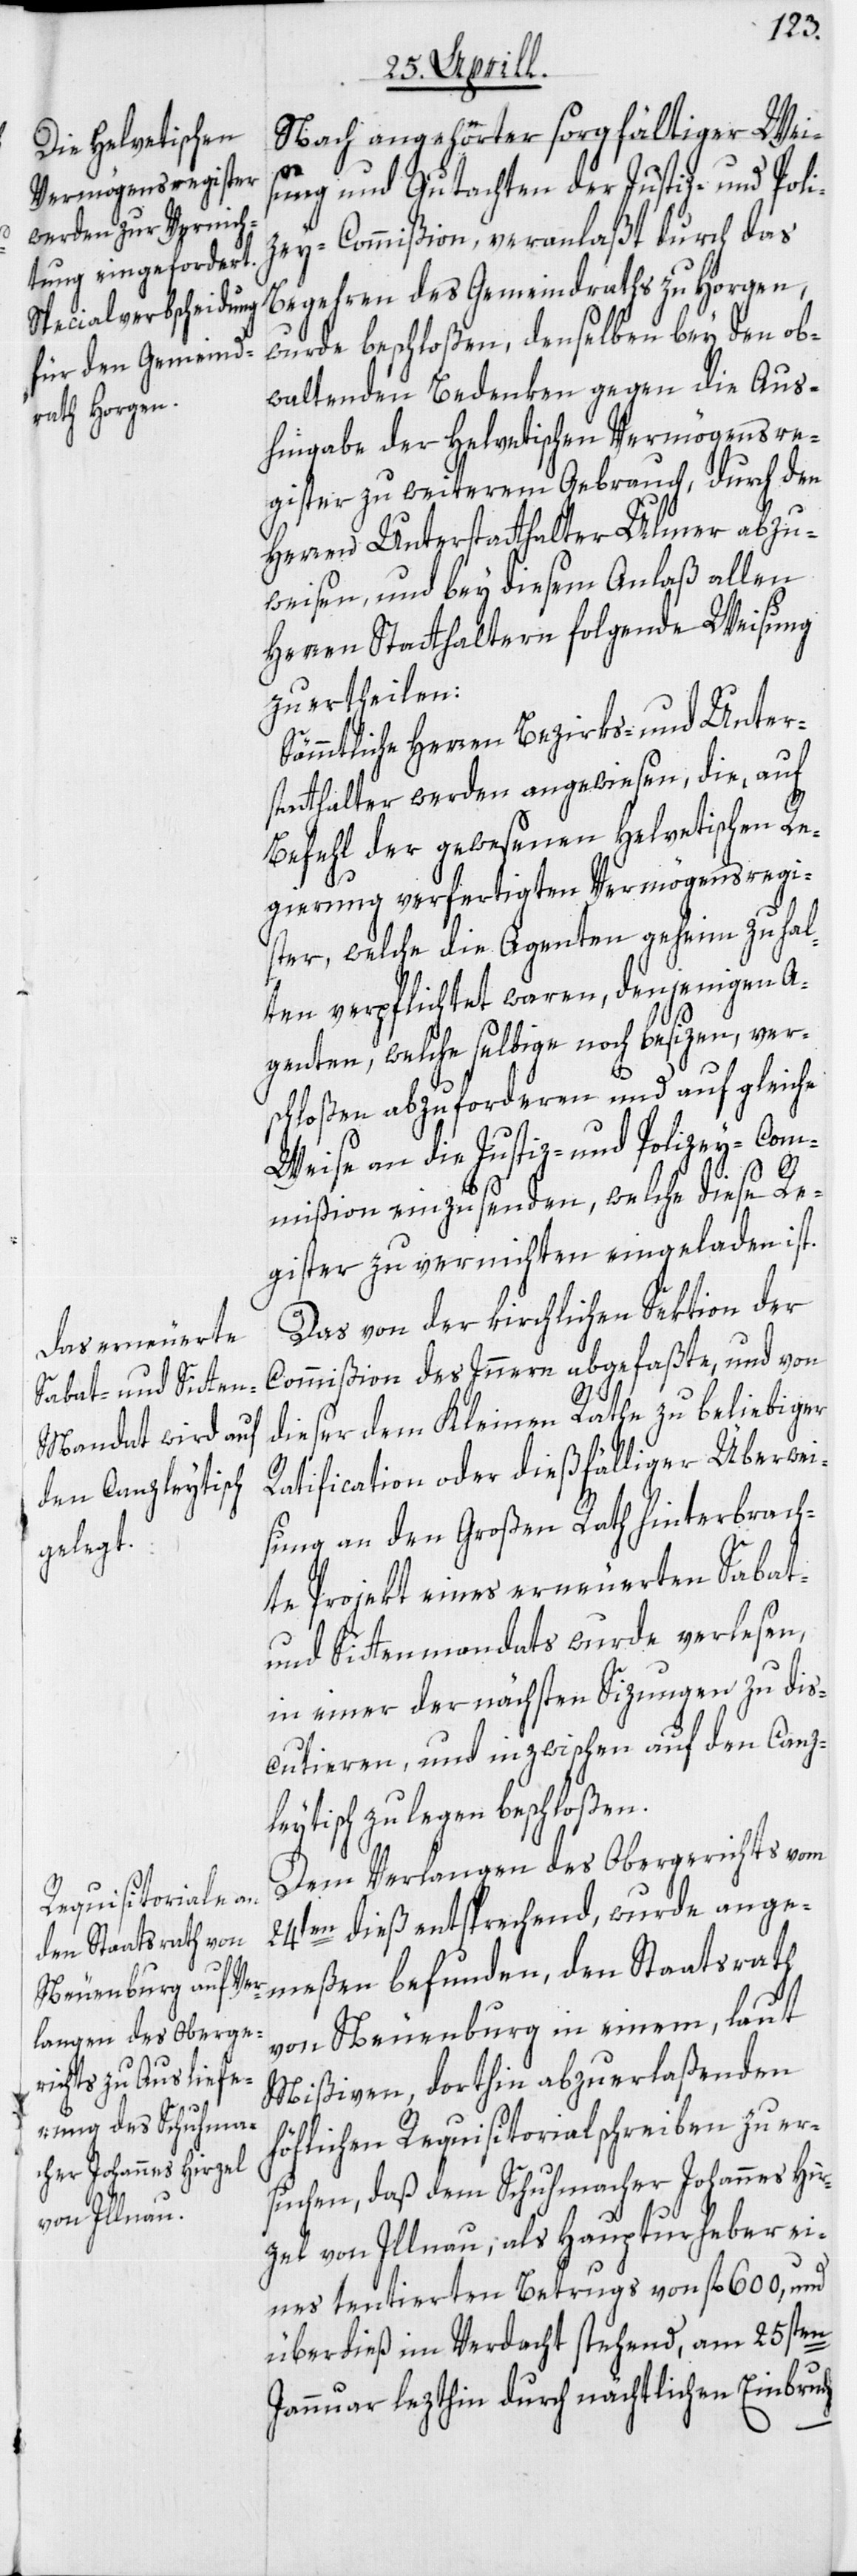
Nach angehörter sorgfältiger Weis¬
ung und Gutachten der Justiz- und Poli¬
zey-Commißion, veranlaßt durch das
Begehren des Gemeindraths zu Horgen,
wurde beschloßen, denselben bey den ob¬
waltenden Bedenken gegen die Aus¬
hingabe der Helvetischen Vermögensre¬
gister zu weiterem Gebrauch, durch den
Herren Unterstatthalter Ulmer abzu¬
weisen, und bey diesem Anlaß allen
Herren Statthaltern folgende Weisung
zu ertheilen:
Sämmtliche Herren Bezirks- und Unter¬
statthalter werden angewiesen, die, auf
Befehl der gewesenen Helvetischen Re¬
gierung verfertigten Vermögensregi¬
ster, welche die Agenten geheim zu hal¬
ten verpflichtet waren, denjenigen A¬
genten, welche selbige noch besizen, ver¬
schloßen abzuforderen und auf gleiche
Weise an die Justiz- und Polizey-Com¬
mißion einzusenden, welche diese Re¬
gister zu vernichten eingeladen ist.
Das von der kirchlichen Sektion der
Commißion des Innern abgefaßte, und von
dieser dem Kleinen Rathe zu beliebiger
Ratification oder dießfälliger Überwei¬
sung an den Großen Rath hinterbrach¬
te Projekt eines erneuerten Sabat-
und Sittenmandats wurde verlesen,
in einer der nächsten Sizungen zu dis¬
cutieren, und inzwischen auf den Canz¬
leytisch zu legen beschloßen.
Dem Verlangen des Obergerichts vom
24ten dieß entsprechend, wurde ange¬
meßen befunden, den Staatsrath
von Neuenburg in einem, laut
Mißiven, dorthin abzuerlaßenden
höflichen Requisitorialschreiben zu er¬
suchen, daß dem Schuhmacher Johannes Hir¬
zel von Illnau, als Haupturheber ei¬
nes tentierten Betrugs von fl. 600, und
überdieß im Verdacht stehend, am 25sten
Januar lezthin durch nächtlichen Einbruch